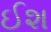
ઈશ